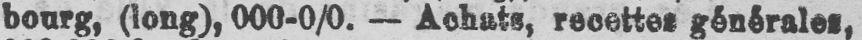
bourg, (long), 000-0/0. - Achats, recettes générales,